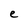
Character: e